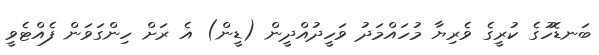
ބަނޑޮހުގެ ކުރީގެ ވެރިޔާ މުހައްމަދު ވަހީދުއްދީން (ޑީން) އެ ރަށް ހިންގަވަން ފެއްޓެވީ